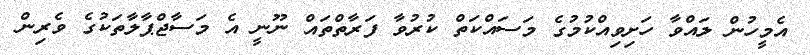
އެމީހުން ލައްވާ ހަށިވިއްކުމުގެ މަސައްކަތް ކުރުވާ ފަރާތްތައް ނޫނީ އެ މަސާޖްޕާލާތަކުގެ ވެރިން